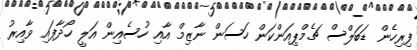
ފިރިހެން ޑަބަލްސް ޗެމްޕިއަންކަން ހަސަން ނާޒިމް އާއި ހުސެއިން އަލީ ހޯދާފައި ވާއިރު